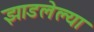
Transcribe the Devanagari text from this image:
झाडलेल्या